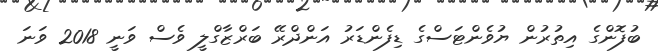
ބުފޮންގެ އިތުރުން ޔުވެންޓަސްގެ ޑިފެންޑަރު އަންދްރޭ ބަރްޒާގްލީ ވެސް ވަނީ 2018 ވަނަ